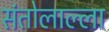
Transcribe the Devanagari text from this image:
संतोलाल्ला